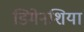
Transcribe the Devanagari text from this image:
डिमेनशिया